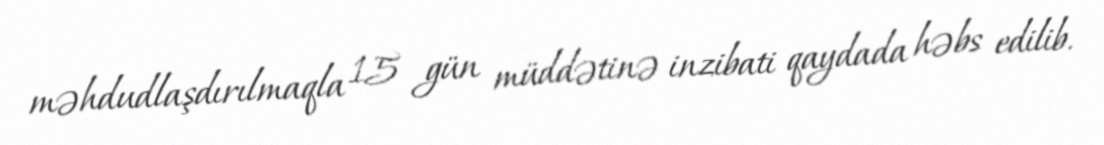
məhdudlaşdırılmaqla 15 gün müddətinə inzibati qaydada həbs edilib.